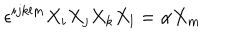
LaTeX: \epsilon ^ { i j k l m } X _ { i } X _ { j } X _ { k } X _ { l } = \alpha X _ { m }